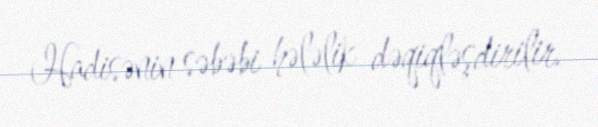
Hadisənin səbəbi hələlik dəqiqləşdirilir.